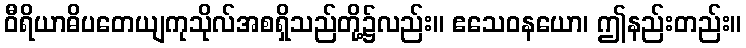
ဝီရိယာဓိပတေယျကုသိုလ်အစရှိသည်တို့၌လည်း။ ဧသေဝနယော၊ ဤနည်းတည်း။